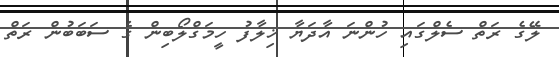
ލޭގެ ރަތް ސެލްގައި ހުންނަ އާދަޔާ ޚިލާފު ހީމަގްލޯބިން ގެ ސަބަބުން ރަތް